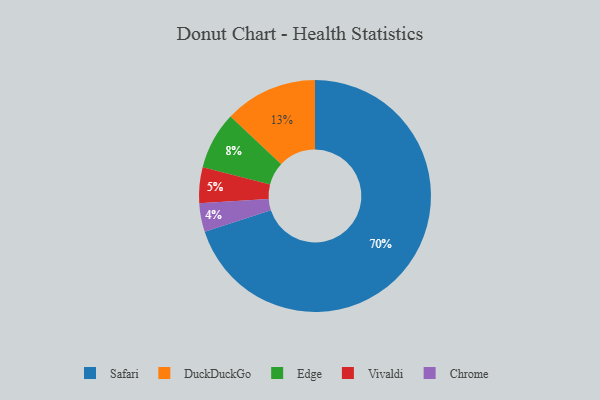
{"axis": {"x": "Category", "y": "Percentage"}, "legend": ["Chrome", "DuckDuckGo", "Edge", "Safari", "Vivaldi"], "data": [{"x": "Chrome", "y": 4, "type": "Chrome"}, {"x": "Edge", "y": 8, "type": "Edge"}, {"x": "Vivaldi", "y": 5, "type": "Vivaldi"}, {"x": "Safari", "y": 70, "type": "Safari"}, {"x": "DuckDuckGo", "y": 13, "type": "DuckDuckGo"}]}